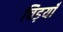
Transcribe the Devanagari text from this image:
चिड़याँ